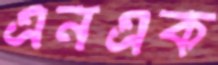
এনএক